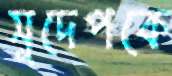
সুদেপকে